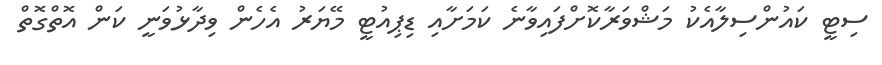
ސިޓީ ކައުންސިލާއެކު މަޝްވަރާކޮށްފައިވާނެ ކަމަށާއި ޑިޕިއުޓީ މޭޔަރު އެހެން ވިދާޅުވަނީ ކަން އޮތްގޮތް